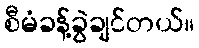
စီမံခန့်ခွဲချင်တယ်။